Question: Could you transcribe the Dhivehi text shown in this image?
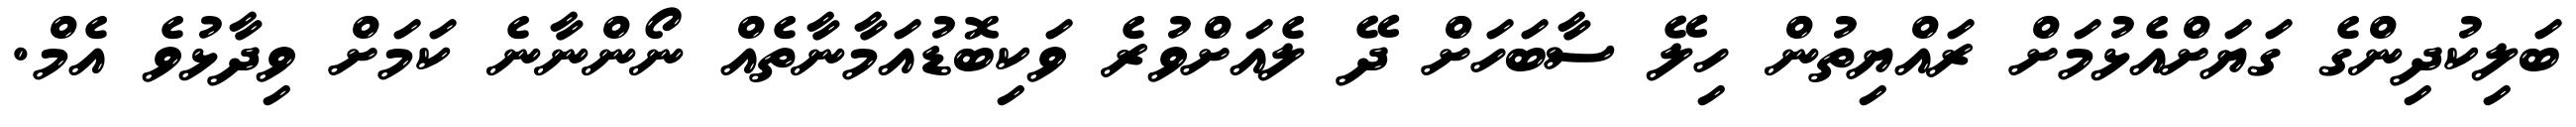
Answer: ބަލިކުދިންގެ ގަޔަށްއެޅުމަށް ރައްޔިތުން ހިލޭ ސާބަހަށް ދޭ ލެއަށްވުރެ ވަކިބޮޑުއަމާނާތެއް ނޯންނާނެ ކަމަށް ވިދާޅުވެ އެމް.